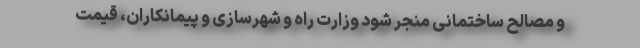
و مصالح ساختمانی منجر شود وزارت راه و شهرسازی و پیمانکاران، قیمت